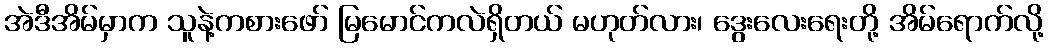
အဲဒီအိမ်မှာက သူနဲ့ကစားဖော် မြမောင်ကလဲရှိတယ် မဟုတ်လား၊ ဒွေးလေးရေးတို့ အိမ်ရောက်လို့